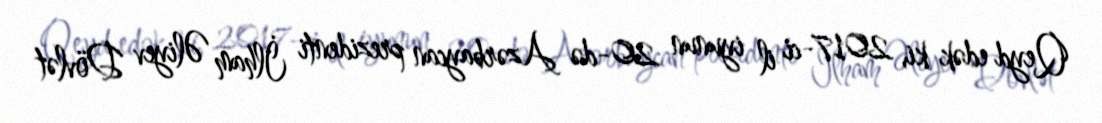
Qeyd edək ki, 2017-ci il iyunun 20-də Azərbaycan prezidenti İlham Əliyev Dövlət